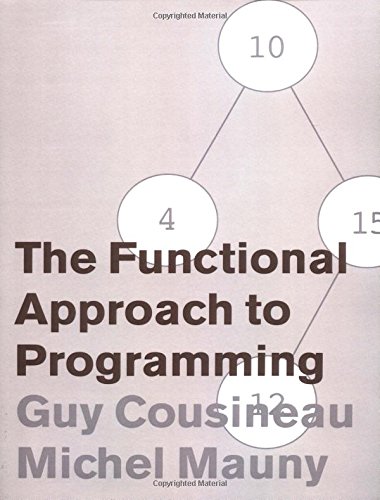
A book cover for The Functional Approach to Programming; Guy Cousineau; Computers & Technology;